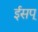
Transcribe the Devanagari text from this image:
ईसप्